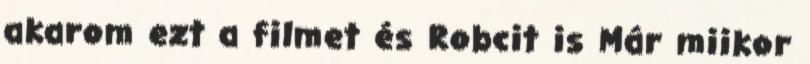
akarom ezt a filmet és Robcit is Már miikor